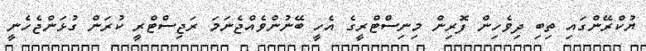
ޔުކްރޭންގައި ތިބި ދިވެހިން ފޮރިން މިނިސްޓްރީގެ އެހީ ބޭނުންވެއްޖެނަމަ ރަޖިސްޓްރީ ކުރަން ގުޅަންޖެހެނީ